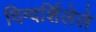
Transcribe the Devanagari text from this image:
दिग्दर्शिलेले